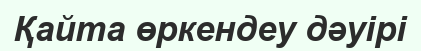
Қайта өркендеу дәуірі